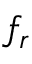
f _ { r }